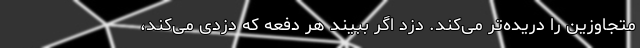
متجاوزین را دریده‌تر می‌کند. دزد اگر ببیند هر دفعه که دزدی می‌کند،